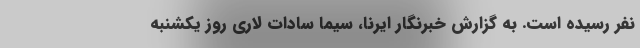
نفر رسیده است. به گزارش خبرنگار ایرنا، سیما سادات لاری روز یکشنبه